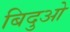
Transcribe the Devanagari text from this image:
बिदुओ